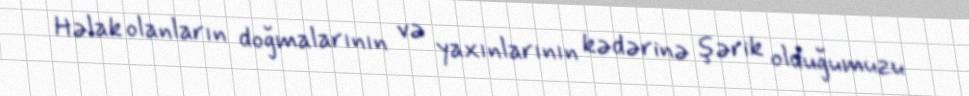
Həlak olanların doğmalarının və yaxınlarının kədərinə şərik olduğumuzu